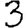
Digit: 3